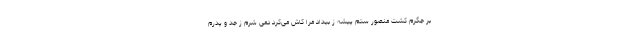
بر جگرم کشت منصور ستم پیشه ز بیداد مرا کاش می‌کرد دمی شرم ز جد و پدرم